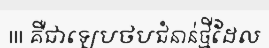
III គឺជាឡេបថបជំនាន់ថ្មីដែល